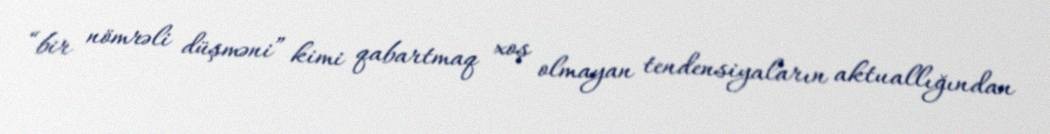
“bir nömrəli düşməni” kimi qabartmaq xoş olmayan tendensiyaların aktuallığından